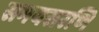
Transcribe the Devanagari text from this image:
समयसरणि